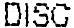
DISC